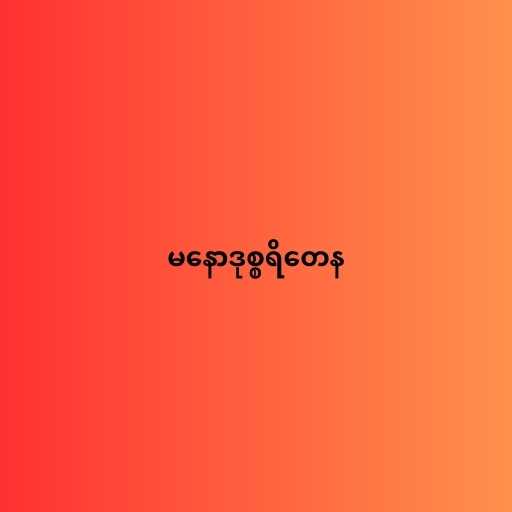
မနောဒုစ္စရိတေန